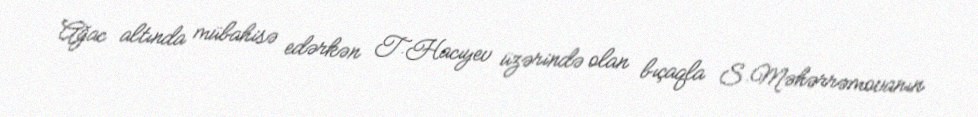
Ağac altında mübahisə edərkən T.Hacıyev üzərində olan bıçaqla S.Məhərrəmovanın